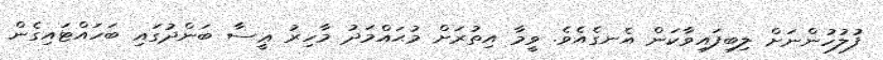
ފުލުހުންނަށް ލިބިފައިވާކަން އެނގެއެވެ. ވީމާ އިތުރަށް މުޙައްމަދު މާހިރު ޢީސާ ބަންދުގައި ބަހައްޓައިގެން